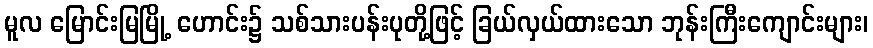
မူလ မြောင်းမြမြို့ ဟောင်း၌ သစ်သားပန်းပုတို့ဖြင့် ခြယ်လှယ်ထားသော ဘုန်းကြီးကျောင်းများ၊